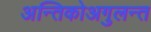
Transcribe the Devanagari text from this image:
अन्तिकोअगुलन्त